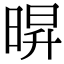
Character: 𭦠